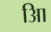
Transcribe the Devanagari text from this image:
आि